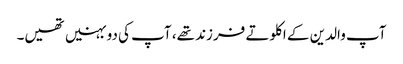
آپ والدین کے اکلوتے فرزند تھے، آپ کی دو بہنیں تھیں۔